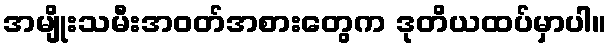
အမျိုးသမီးအဝတ်အစားတွေက ဒုတိယထပ်မှာပါ။